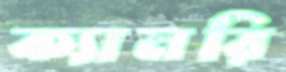
ক্যানরি